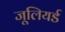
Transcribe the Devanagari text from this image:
जूलियर्ड